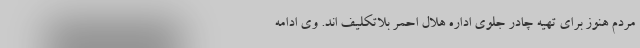
مردم هنوز برای تهیه چادر جلوی اداره هلال احمر بلاتکلیف اند. وی ادامه